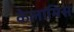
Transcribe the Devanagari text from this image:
केलामिस